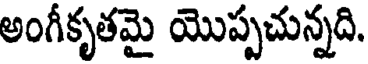
అంగీకృతమై యొప్పచున్నది.